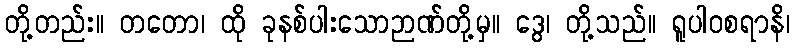
တို့တည်း။ တတော၊ ထို ခုနစ်ပါးသောဉာဏ်တို့မှ။ ဒွေ၊ တို့သည်။ ရူပါဝစရာနိ၊